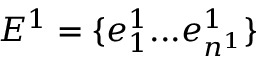
E ^ { 1 } = \{ e _ { 1 } ^ { 1 } . . . e _ { n ^ { 1 } } ^ { 1 } \}